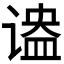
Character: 𬤔